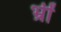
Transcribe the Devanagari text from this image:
भ्रीं